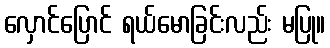
လှောင်ပြောင် ရယ်မောခြင်းလည်း မပြု။